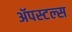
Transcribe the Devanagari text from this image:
ॲपस्टल्स